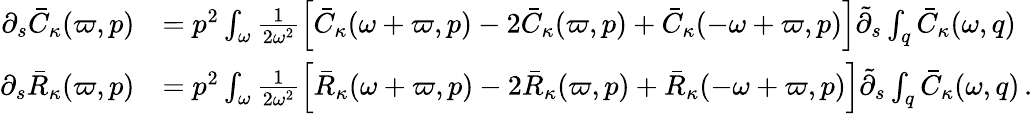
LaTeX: \begin{array}{rl}{\partial_{s}\bar{C}_{\kappa}(\varpi,p)}&{=p^{2}\int_{\omega}\frac{1}{2\omega^{2}}\Big[\bar{C}_{\kappa}(\omega+\varpi,p)-2\bar{C}_{\kappa}(\varpi,p)+\bar{C}_{\kappa}(-\omega+\varpi,p)\Big]\tilde{\partial}_{s}\int_{q}\bar{C}_{\kappa}(\omega,q)}\\ {\partial_{s}\bar{R}_{\kappa}(\varpi,p)}&{=p^{2}\int_{\omega}\frac{1}{2\omega^{2}}\Big[\bar{R}_{\kappa}(\omega+\varpi,p)-2\bar{R}_{\kappa}(\varpi,p)+\bar{R}_{\kappa}(-\omega+\varpi,p)\Big]\tilde{\partial}_{s}\int_{q}\bar{C}_{\kappa}(\omega,q)\, .}\end{array}